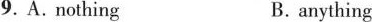
9. A.nothing B.anything